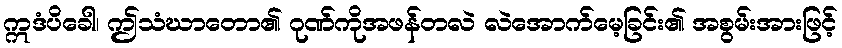
ဣဒံပိခေါ၊ ဤသံဃာတော၏ ဂုဏ်ကိုအဖန်တလဲ လဲအောက်မေ့ခြင်း၏ အစွမ်းအားဖြင့်